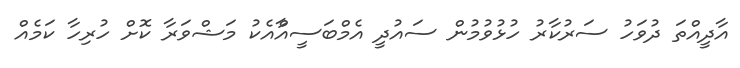
އާދީއްތަ ދުވަހު ސަރުކާރު ހުޅުވުމުން ސައުދީ އެމްބަސީއާްއެކު މަޝްވަރާ ކޮށް ހުރިހާ ކަމެއް